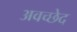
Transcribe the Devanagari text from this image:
अवच्छेद